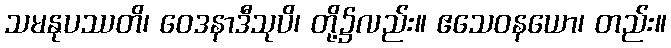
သမနုပဿတိ၊ ဝေဒနာဒီသုပိ၊ တို့၌လည်း။ ဧသေဝနယော၊ တည်း။